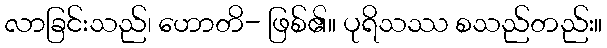
လာခြင်းသည်၊ ဟောတိ- ဖြစ်၏။ ပုရိသဿ စသည်တည်း။